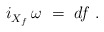
\begin{align*} i_{X_f}^{} \, \omega~=~df~.\end{align*}